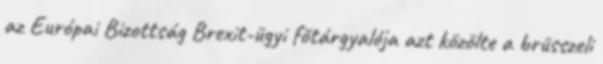
az Európai Bizottság Brexit-ügyi főtárgyalója azt közölte a brüsszeli